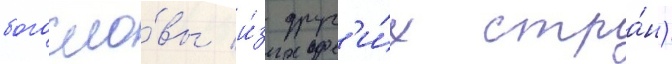
богосло́вы и́з друг'и́х стра́н)